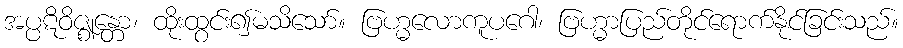
အပ္ပဋိဝိဇ္ဈန္တော၊ ထိုးထွင်း၍မသိသော်။ ဗြဟ္မလောကူပဂေါ၊ ဗြဟ္မာပြည်တိုင်ရောက်နိုင်ခြင်းသည်။